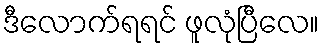
ဒီလောက်ရရင် ဖူလုံပြီလေ။